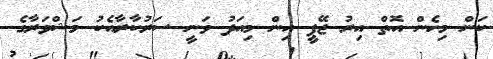
ކަން މިހެން އޮތް އިރު ޖޭޕީ އިން މިއަދު ވަނީ ސަރުކާރާއެކު މަޝްވަރާގެ